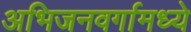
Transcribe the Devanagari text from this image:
अभिजनवर्गामध्ये